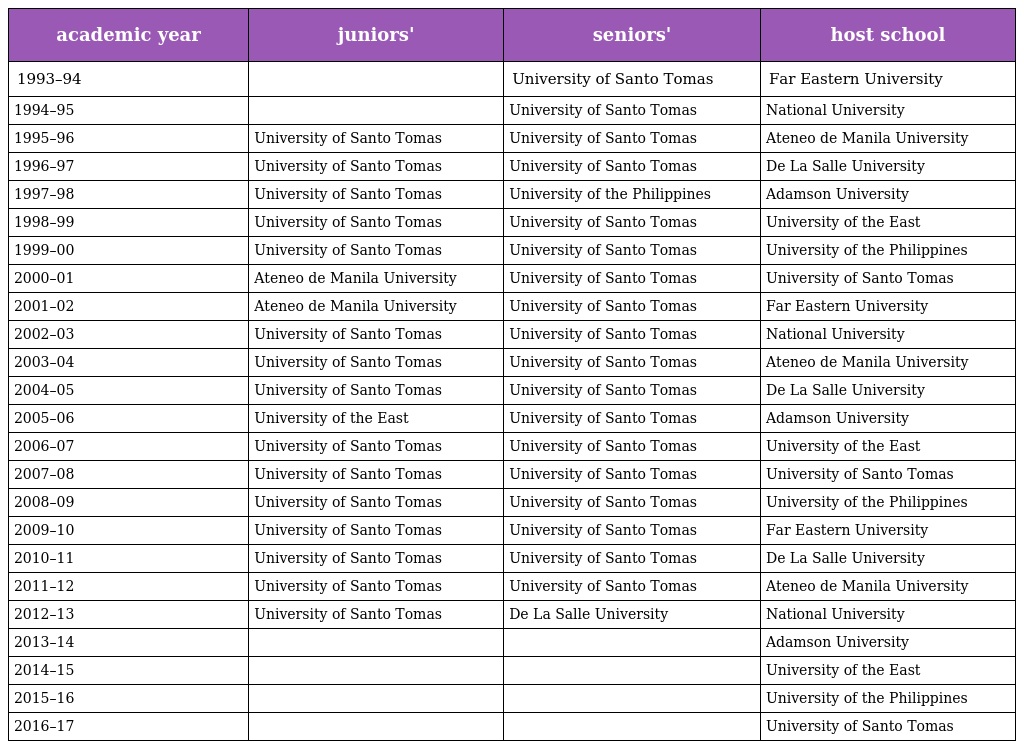
| academic year | juniors' | seniors' | host school |
 | --- | --- | --- | --- |
 | 1993–94 |  | University of Santo Tomas | Far Eastern University |
 | 1994–95 |  | University of Santo Tomas | National University |
 | 1995–96 | University of Santo Tomas | University of Santo Tomas | Ateneo de Manila University |
 | 1996–97 | University of Santo Tomas | University of Santo Tomas | De La Salle University |
 | 1997–98 | University of Santo Tomas | University of the Philippines | Adamson University |
 | 1998–99 | University of Santo Tomas | University of Santo Tomas | University of the East |
 | 1999–00 | University of Santo Tomas | University of Santo Tomas | University of the Philippines |
 | 2000–01 | Ateneo de Manila University | University of Santo Tomas | University of Santo Tomas |
 | 2001–02 | Ateneo de Manila University | University of Santo Tomas | Far Eastern University |
 | 2002–03 | University of Santo Tomas | University of Santo Tomas | National University |
 | 2003–04 | University of Santo Tomas | University of Santo Tomas | Ateneo de Manila University |
 | 2004–05 | University of Santo Tomas | University of Santo Tomas | De La Salle University |
 | 2005–06 | University of the East | University of Santo Tomas | Adamson University |
 | 2006–07 | University of Santo Tomas | University of Santo Tomas | University of the East |
 | 2007–08 | University of Santo Tomas | University of Santo Tomas | University of Santo Tomas |
 | 2008–09 | University of Santo Tomas | University of Santo Tomas | University of the Philippines |
 | 2009–10 | University of Santo Tomas | University of Santo Tomas | Far Eastern University |
 | 2010–11 | University of Santo Tomas | University of Santo Tomas | De La Salle University |
 | 2011–12 | University of Santo Tomas | University of Santo Tomas | Ateneo de Manila University |
 | 2012–13 | University of Santo Tomas | De La Salle University | National University |
 | 2013–14 |  |  | Adamson University |
 | 2014–15 |  |  | University of the East |
 | 2015–16 |  |  | University of the Philippines |
 | 2016–17 |  |  | University of Santo Tomas |